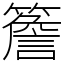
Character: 簷